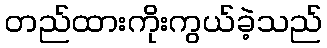
တည်ထားကိုးကွယ်ခဲ့သည်